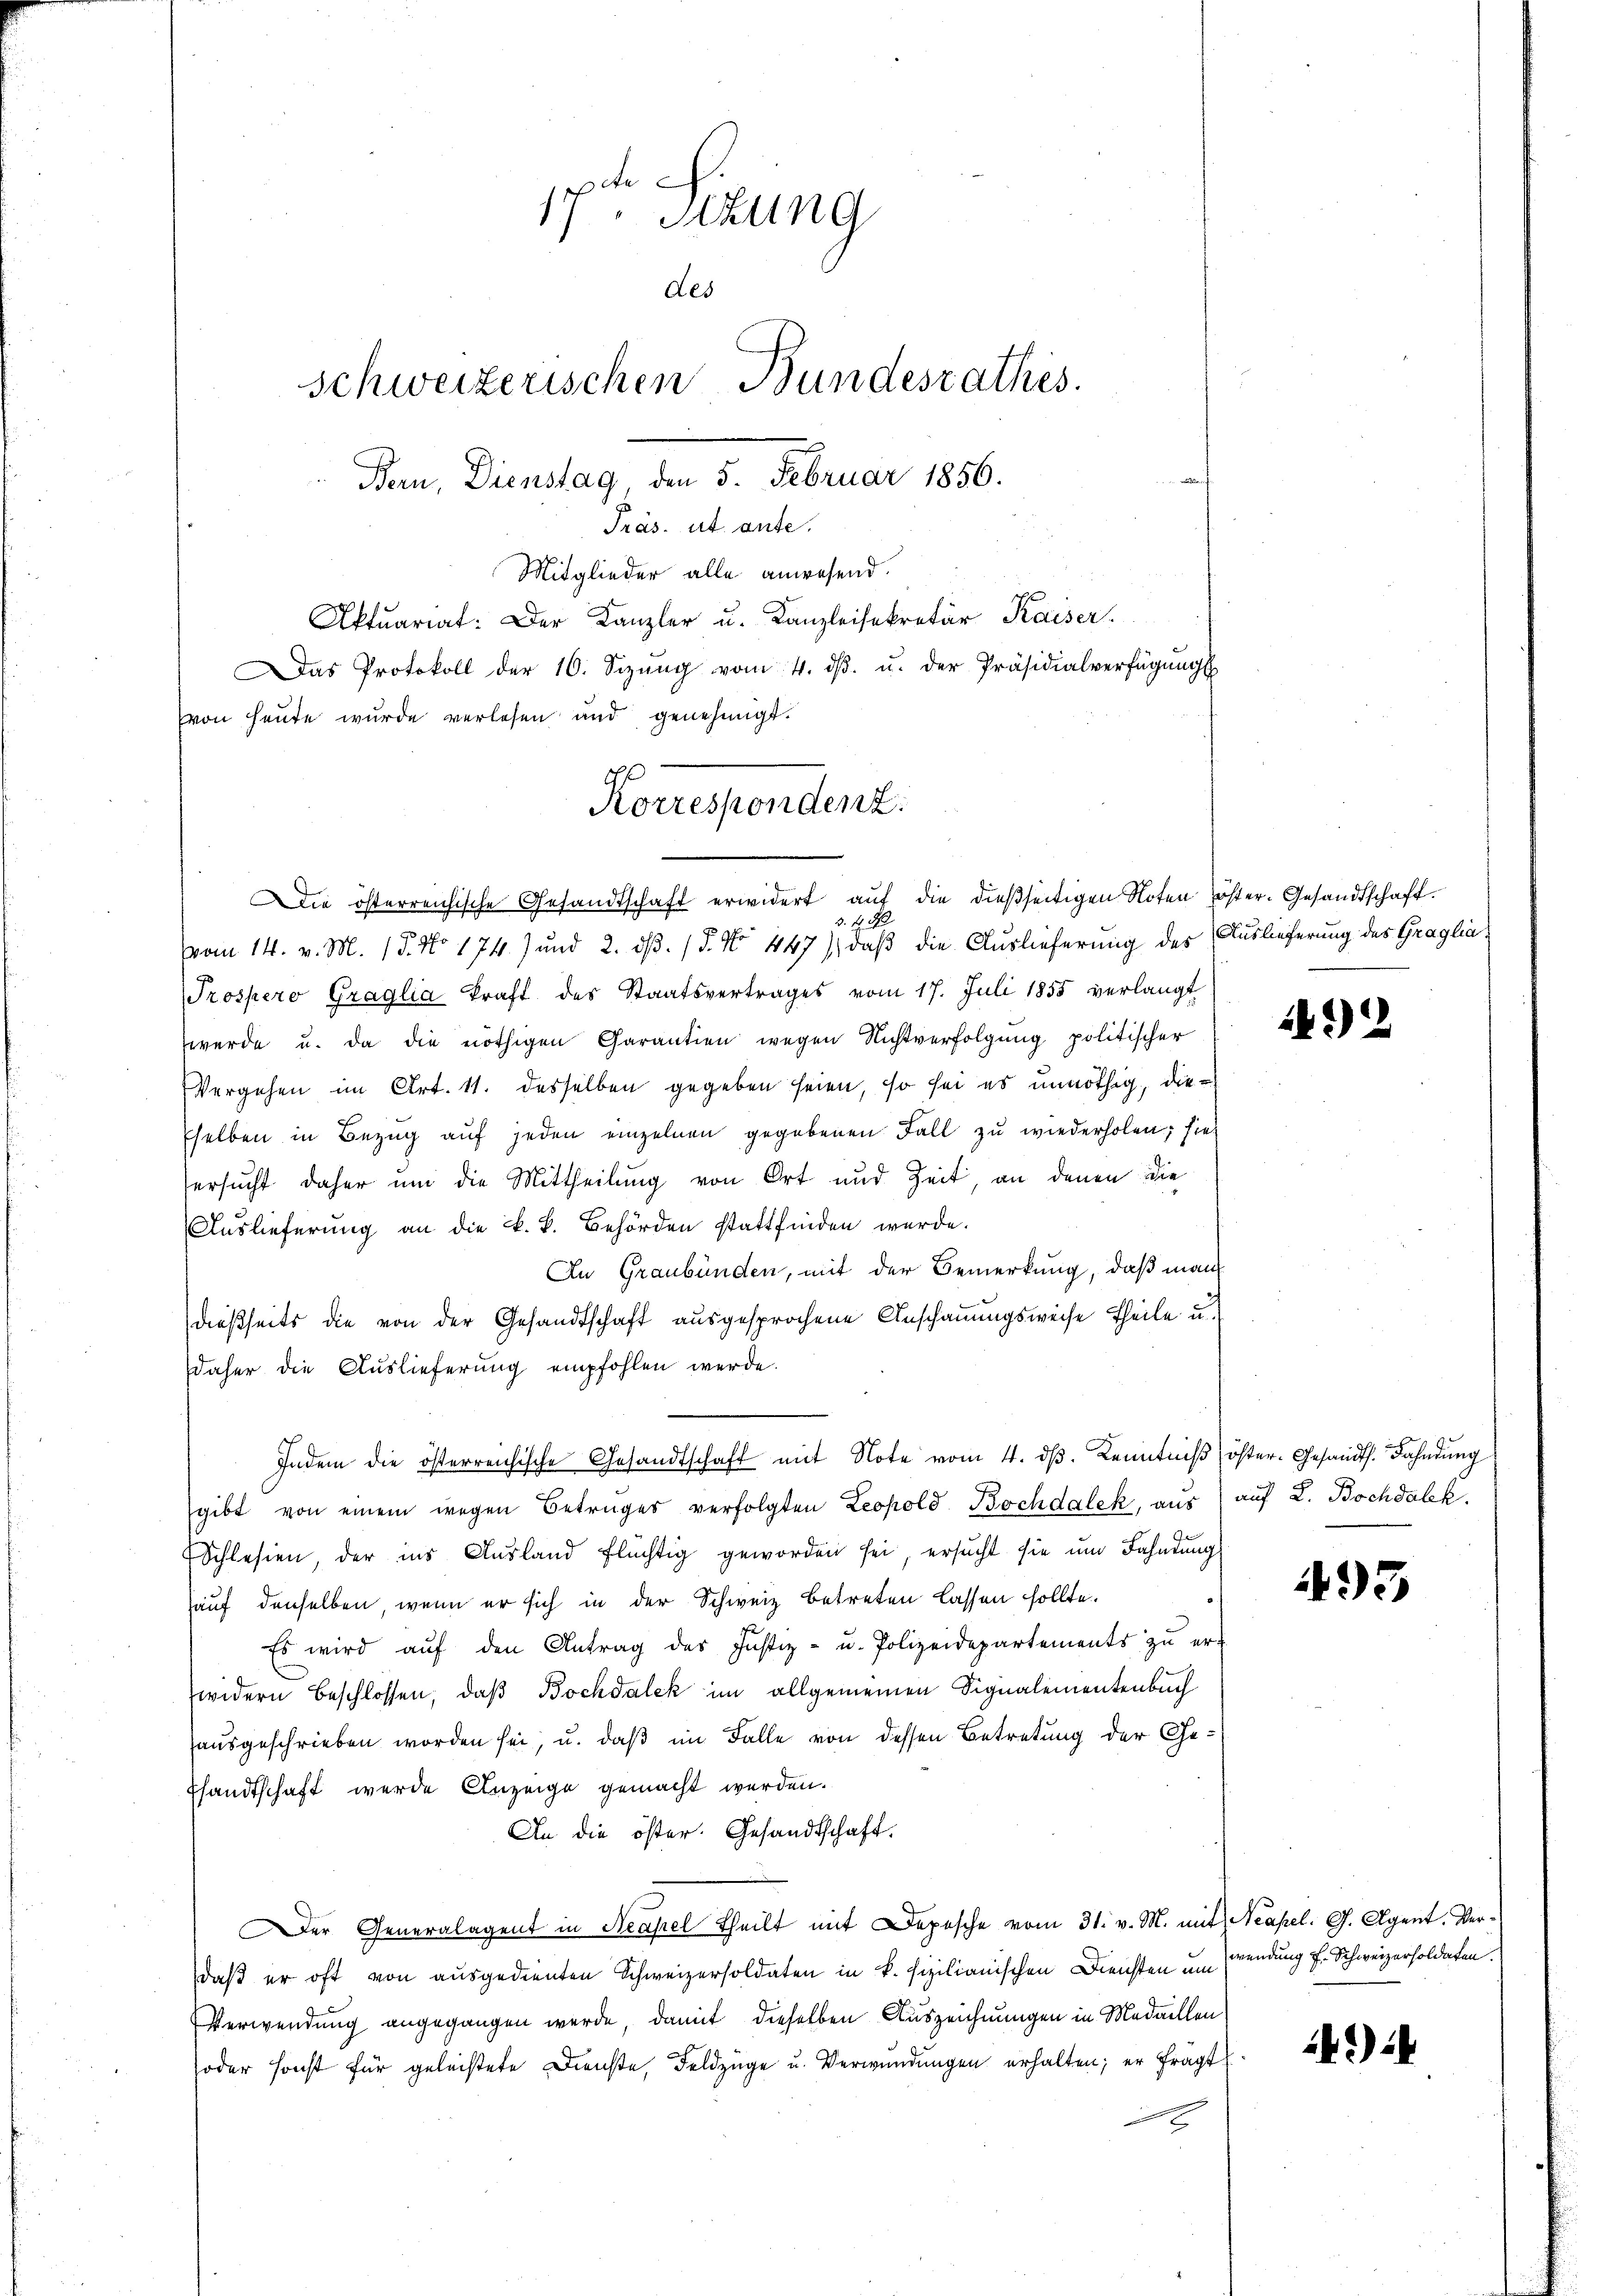
17ten Sizung
des
Schweizerischen Bundesrathes.
Bau, Dienstag, den 5. Februar 1856.
Präs. ut ante.
Mitglieder alle anwesend.
Aktuariat: Der Kanzler u. Kanzleisekretär Kaiser.
Das Protokoll der 10. Sizŭng vom 4. dβ. u. der Präsidialverfügŭngs
von heute wurde verlesen und genehmigt.

Die österreichische Gesandtschaft erwidert aŭf die dießseitigen Noten öster- Gesandtschaft.
3. 4. M
(vom 14. v. M. 15. No 174.) und 2. dβ. / 5. No 447), daß die Auslieferung des Auslieferung des Graglia¬
Prospero Graglia kraft des Staatsvertrages vom 17. Juli 1855 verlangt
werde u. da die nöthigen Charantien wegen Nichtverfolgung politischer
Vergehen im Art. 11. desselben gegeben seien, so sei es unnöthig, dieselben in Bezug auf jeden einzelnen gegebenen Fall zu wiederholen; sie
ersucht daher um die Mittheilung von Ort und Zeit, an denen die
Auslieferung an die k. k. Behörden stattfinden werde.
In Graubünden, mit der Bemerkung, daß man
dießseits die von der Gesandtschaft ausgesprochene Anschauungsweise Theile u.
daher die Auslieferung empfohlen werde.
gibt von einem wegen Betruges verfolgten Leopold Bochdalck, aus auf L. Bochdalek
Schlesien, der ins Ausland flüchtig geworden sei, ersŭcht sie um Fahndŭng
auf denselben, wenn er sich in der Schweiz betreten lassen sollte.
Es wird aŭf den Antrag des Justiz- u. Polizeidepartements zŭ er-
widern beschlossen, daß Bochdalck im allgemeinen Signalementenbuch
ausgeschrieben worden sei, u. daß im Falle von dessen Betretung der Gefsandtschaft wurde Anzeige gemacht werden.
An die öster. Gesandtschaft.
Der Generalagent in Neapel Theilt mit Depesche vom 31. v. M. mit Neapel. G. Agent. Verdaß er oft von ausgedienten Schweizersoldaten in k. fizilianischen Diensten um wendung f. Schweizersoldaten.
Verwendung angegangen werde, damit dieselben Auszeichnungen in Medaillen
soder sonst für geleistete Dienste, Feldzüge u. Verwendungen erhalten; er frägt
6

Korrespondenz.

Indem die österreichische Gesandtschaft mit Note vom 4. dß. Kenntniß öster-Gesandt. Fahndung

142

493

)